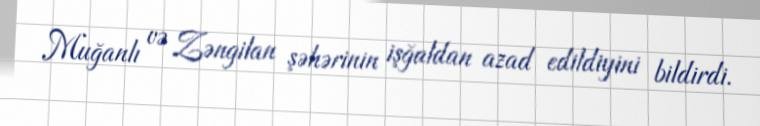
Muğanlı və Zəngilan şəhərinin işğaldan azad edildiyini bildirdi.